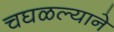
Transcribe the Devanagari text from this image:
चघळल्याने